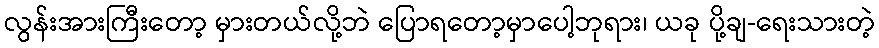
လွန်းအားကြီးတော့ မှားတယ်လို့ဘဲ ပြောရတော့မှာပေါ့ဘုရား၊ ယခု ပို့ချ-ရေးသားတဲ့